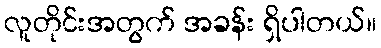
လူတိုင်းအတွက် အခန်း ရှိပါတယ်။